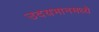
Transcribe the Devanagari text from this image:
उदयभानमध्ये